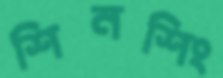
শিনশিং